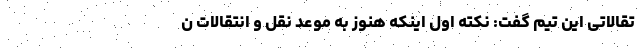
تقالاتی این تیم گفت: نکته اول اینکه هنوز به موعد نقل و انتقالات ن